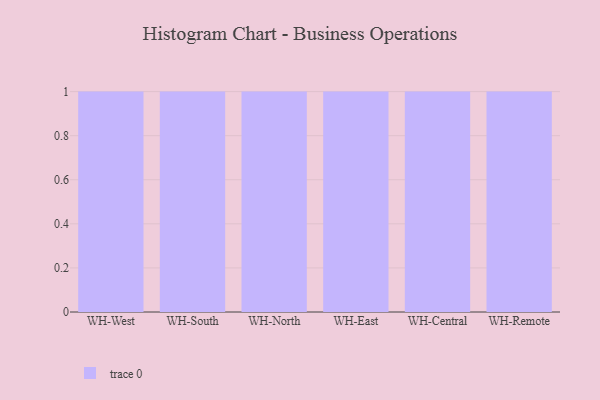
{"axis": {"x": "Warehouse", "y": "Operating Costs (USD K)"}, "legend": [""], "data": [{"x": "WH-West", "y": 64, "type": ""}, {"x": "WH-South", "y": 55, "type": ""}, {"x": "WH-North", "y": 85, "type": ""}, {"x": "WH-East", "y": 89, "type": ""}, {"x": "WH-Central", "y": 44, "type": ""}, {"x": "WH-Remote", "y": 2, "type": ""}]}